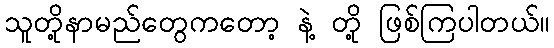
သူတို့နာမည်တွေကတော့ နဲ့ တို့ ဖြစ်ကြပါတယ်။